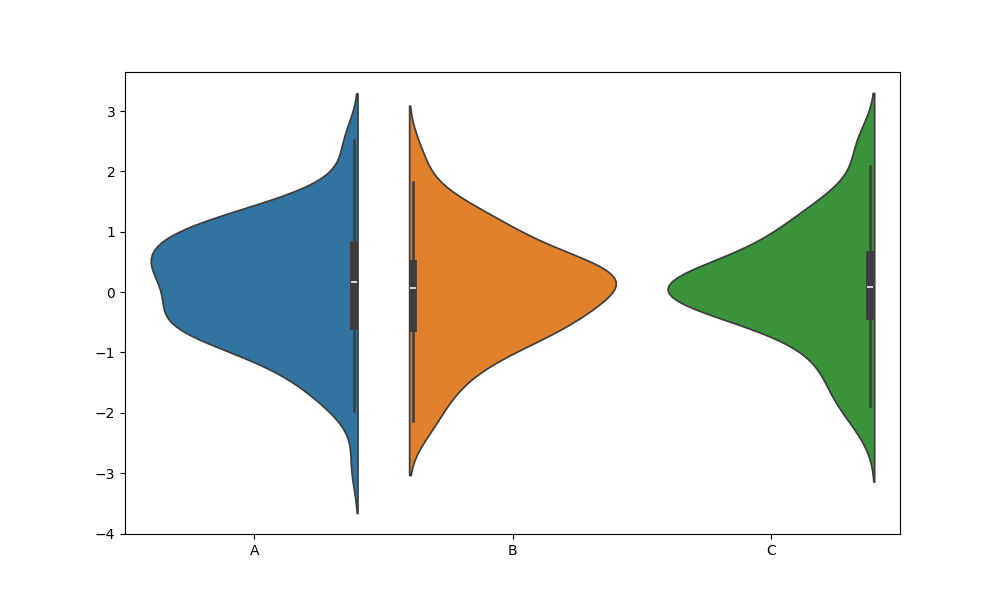
python, seaborn, violinplot, scale='area', split='True', inner='box', fill='True'